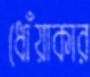
ধোঁয়াকার